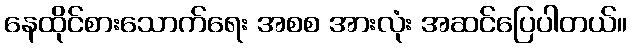
နေထိုင်စားသောက်ရေး အစစ အားလုံး အဆင်ပြေပါတယ်။